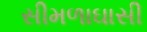
સીમળાઘાસી